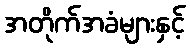
အတိုက်အခံများနှင့်